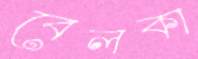
বেলকা